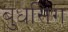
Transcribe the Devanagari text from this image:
बुधसिंग